Vaccination report Assam 1896-1927 - 1896-1927
Year: 1896
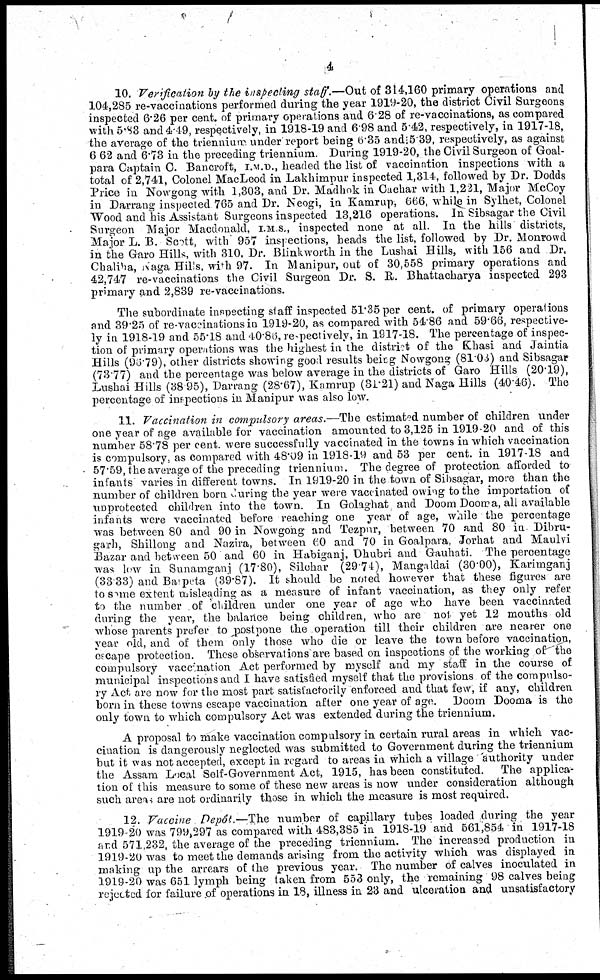
4
10. Verification by the inspecting staff.—Out of 314,160 primary operations and
104,285 re-vaccinations performed during the year 1919-20, the district Civil Surgeons
inspected 6.26 per cent. of primary operations and 6.28 of re-vaccinations, as compared
with 5.83 and 4.49, respectively, in 1918-19 and 6.98 and 5.42, respectively, in 1917-18,
the average of the triennium. under report being 6.35 and; 5.39, respectively, as against
6 62 and 6.73 in the preceding triennium. During 1919-20, the Civil Surgeon of Goal-
para Captain C. Bancroft, I.M.D., headed the list of vaccination inspections with a
total of 2,741, Colonel MacLeod in Lakhimpur inspected 1,314, followed by Dr. Dodds
Price in Nowgong with 1,303, and Dr. Madhok in Cachar with 1,221, Major McCoy
in Darrang inspected 765 and Dr. Neogi, in Kamrup, 666, while in Sylhet, Colonel
Wood and his Assistant Surgeons inspected 13,216 operations. In Sibsagar the Civil
Surgeon Major Macdonald, I.M S., inspected none at all. In the hills districts,
Major L. B. Scott, with 957 inspections, heads the list, followed by Dr. Monrowd
in the Garo Hills, with 310, Dr. Blinkworth in the Lushai Hills, with 156 and Dr.
Chaliha, Naga Hills, with 97. In Manipur, out of 30,558 primary operations and
42,747 re-vaccinations the Civil Surgeon Dr. S. R. Bhattacharya inspected 293
primary and 2,839 re-vaccinations.
The subordinate inspecting staff inspected 51.35 per cent. of primary operations
and 39.25 of re-vaccinations in 1919-20, as compared with 54.86 and 59.66, respective-
ly in 1918-19 and 55.18 and 40.86, respectively, in 1917-18. The percentage of inspec-
tion of primary operations was the highest in the district of the Khasi and Jaintia
Hills (96.79), other districts showing good results being Nowgong (81.03) and Sibsagar
(73.77) and the percentage was below average in the districts of Garo Hills (20.19),
Lushai Hills (38.95), Darrang (28.67), Kamrup (31.21) and Naga Hills (40.46). The
percentage of inspections in Manipur was also low.
11. Vaccination in compulsory areas.—The estimated number of children under
one year of age available for vaccination amounted to 3,125 in 1919-20 and of this
number 58.78 per cent. were successfully vaccinated in the towns in which vaccination
is compulsory, as compared with 48.09 in 1918-19 and 53 per cent. in 1917-18 and
57.59, the average of the preceding triennium. The degree of protection afforded to
infants varies in different towns. In 1919-20 in the town of Sibsagar, more than the
number of children born during the year were vaccinated owing to the importation of
unprotected children into the town. In Golaghat and Doom Dooma, all available
infants were vaccinated before reaching one year of age, while the percentage
was between 80 and 90 in Nowgong and Tezpur, between 70 and 80 in- Dibru-
garh, Shillong and Nazira, between (60 and 70 in Goalpara, Jorhat and Maulvi
Bazar and between 50 and 60 in Habiganj, Dhubri and Gauhati. The percentage
was low in Sunamganj (17.80), Silchar (29.74), Mangaldai (30.00), Karimganj
(33.33) and Barpeta (39.87). It should be noted however that these figures are
to same extent misleading as a measure of infant vaccination, as they only refer
to the number of children under one year of age who have been vaccinated
during the year, the balance being children, who are not yet 12 months old
whose parents prefer to postpone the operation till their children are nearer one
year old, and of them only those who die or leave the town before vaccination,
escape protection. These observations are based on inspections of the working of the
compulsory vaccination Act performed by myself and my staff in the course of
municipal inspections and I have satisfied myself that the provisions of the compulso-
ry Act are now for the most part satisfactorily enforced and that few, if any, children
born in these towns escape vaccination after one year of age. Doom Dooma is the
only town to which compulsory Act was extended during the triennium.
A proposal to make vaccination compulsory in certain rural areas in which vac-
cination is dangerously neglected was submitted to Government during the triennium
but it was not accepted, except in regard to areas in which a village authority under
the Assam Local Self-Government Act, 1915, has been constituted. The applica-
tion of this measure to some of these new areas is now under consideration although
such areas are not ordinarily those in which the measure is most required.
12. Vaccine Depôt.—The number of capillary tubes loaded during the year
1919-20 was 799,297 as compared with 483,385 in 1918-19 and 561,854 in 1917-18
and 571,232, the average of the preceding triennium. The increased production in
1919-20 was to meet the demands arising from the activity which was displayed in
making up the arrears of the previous year. The number of calves inoculated in
1919-20 was 651 lymph being taken from 553 only, the remaining 98 calves being
rejected for failure of operations in 18, illness in 23 and ulceration and unsatisfactory